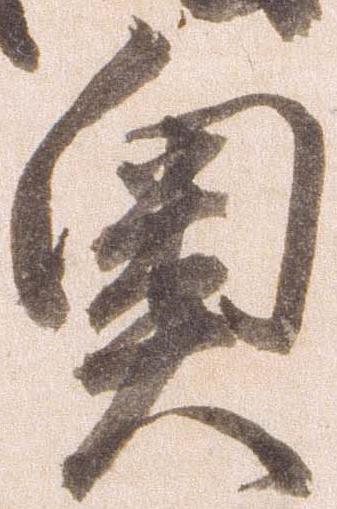
奥